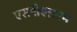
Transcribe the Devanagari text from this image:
एसपीएलएम